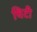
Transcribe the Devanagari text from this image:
थिटी